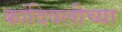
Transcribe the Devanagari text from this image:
कांदिवलीच्या